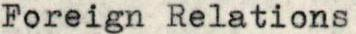
Foreign Relations